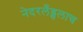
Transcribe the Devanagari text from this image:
नेदरलँड्सलाच